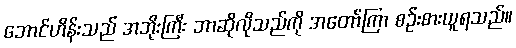
ဘောင်ဟိန်းသည် အဘိုးကြီး ဘာဆိုလိုသည်ကို အတော်ကြာ စဉ်းစားယူရသည်။